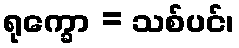
ရုက္ခော = သစ်ပင်၊